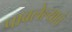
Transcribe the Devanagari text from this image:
पावलेल्याचे